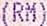
(RM)